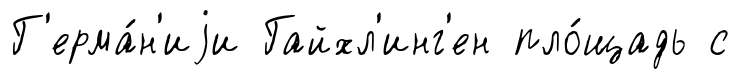
Г'ерма́н'иjи Гайхл'инг'ен пло́щадь с